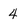
Character: 4